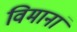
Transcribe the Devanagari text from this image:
विमानां